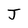
Character: J